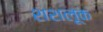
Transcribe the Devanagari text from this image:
शशलूक